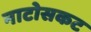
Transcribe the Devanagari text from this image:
नाटोसकट